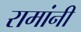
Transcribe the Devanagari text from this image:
रामांनी